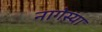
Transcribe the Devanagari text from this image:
नागेस्या